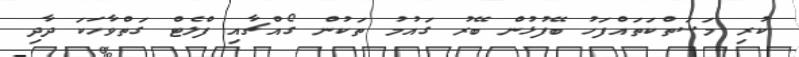
ކުރި މަސަތްކަތައްފަހު ބޭފުޅުން ބޭރު ގައުމު ތަކުން ގޯއްޗާއި ފްލެޓް ގަތްވާހަކަ ދާދި